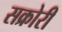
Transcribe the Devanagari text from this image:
सक्रोरी